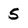
Character: 5